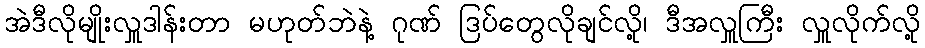
အဲဒီလိုမျိုးလှူဒါန်းတာ မဟုတ်ဘဲနဲ့ ဂုဏ် ဒြပ်တွေလိုချင်လို့၊ ဒီအလှူကြီး လှူလိုက်လို့